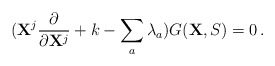
\begin{align*}({\bf X}^j\frac{\partial}{\partial {\bf X}^j}+k-\sum_a\lambda_a)G({\bf X},S)=0\,.\end{align*}